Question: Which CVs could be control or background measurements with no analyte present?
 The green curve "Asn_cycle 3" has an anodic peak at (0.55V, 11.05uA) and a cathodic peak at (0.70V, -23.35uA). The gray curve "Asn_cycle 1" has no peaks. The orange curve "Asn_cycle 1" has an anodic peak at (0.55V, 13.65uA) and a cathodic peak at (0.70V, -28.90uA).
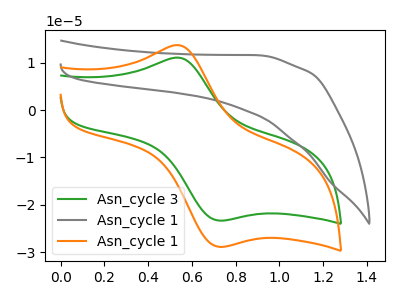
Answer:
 <answer>"Asn_cycle 1" is likely to be a blank.</answer>
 <eval>Asn_cycle 1</eval>